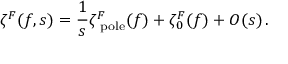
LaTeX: \zeta ^ { F } ( f , s ) = \frac 1 s \zeta _ { \mathrm { \scriptsize ~ p o l e } } ^ { F } ( f ) + \zeta _ { 0 } ^ { F } ( f ) + O ( s ) \, .